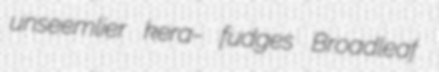
unseemlier kera- fudges Broadleaf